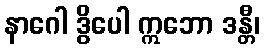
နာဂေါ ဒွိပေါ ဣဘော ဒန္တီ၊